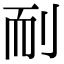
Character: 𦓎